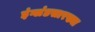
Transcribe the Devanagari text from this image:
इंग्लंडसारख्या